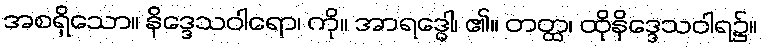
အစရှိသော။ နိဒ္ဒေသဝါရော၊ ကို။ အာရဒ္ဓေါ၊ ၏။ တတ္ထ၊ ထိုနိဒ္ဒေသဝါရ၌။